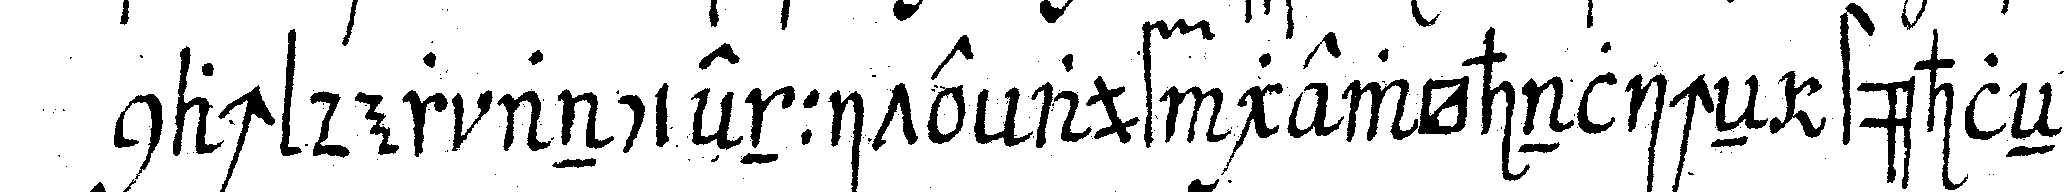
nach der anciennite auf gewöhnlicheN stühleN .